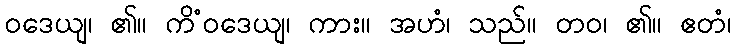
ဝဒေယျ၊ ၏။ ကိံဝဒေယျ၊ ကား။ အဟံ၊ သည်။ တဝ၊ ၏။ ဧတံ၊